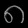
Digit: ၈